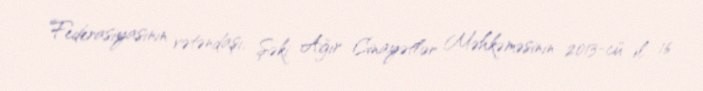
Federasiyasının vətəndaşı, Şəki Ağır Cinayətlər Məhkəməsinin 2013-cü il 16